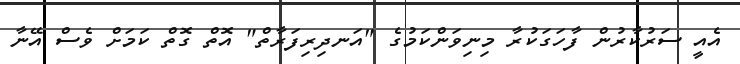
އެއީ ސަރުކާރުން ފާހަގަކުރާ މިނިވަންކަމުގެ "އަނދިރިފަރާތް" އޮތް ގޮތް ކަމަށް ވެސް އޭނާ